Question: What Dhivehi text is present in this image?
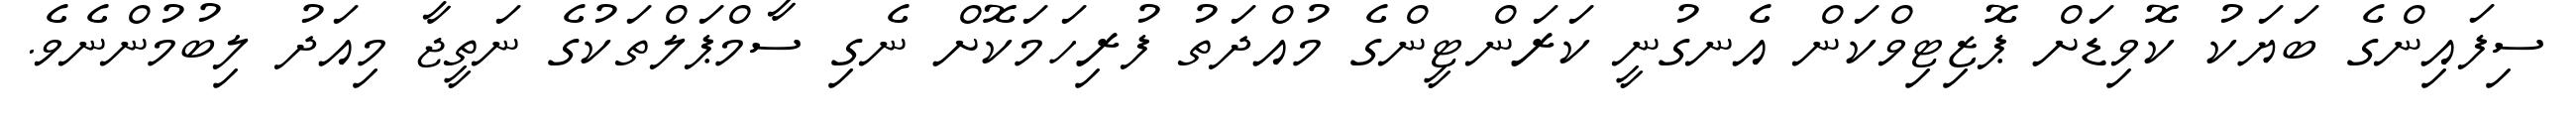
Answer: ސިފައިންގެ ބަޔަކު ކޮވިޑަށް ޕޮޒިޓިވްކަން އެނގުނީ ކަރަންޓީންގެ މުއްދަތު ފުރިހަމަކޮށް ނެގި ސާމްޕަލްތަކުގެ ނަތީޖާ މިއަދު ލިބުމުންނެވެ.